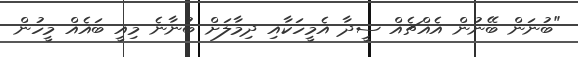
"ބުނަން ބޭނުން އެއްޗެއް ސީދާ އެމީހަކާއި ދިމާލަށް ބުނާނެ މިއީ ބައެއް މީހުން